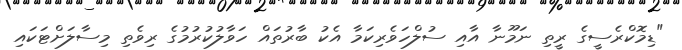
"ޑިމޮކްރެސީގެ ރީތި ނަމޫނާ އާއި ސުލްހަވެރިކަމާ އެކު ބާރުތައް ހަވާލުކުރުމުގެ ރިވެތި މިސާލަށްޓަކައި